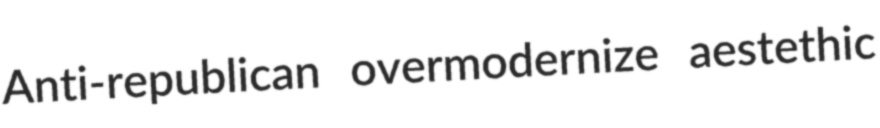
Anti-republican overmodernize aestethic